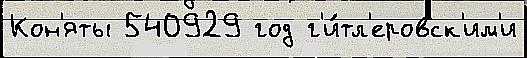
Кон'яты 540929 год г'и́тл'еровск'им'и